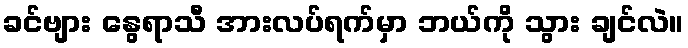
ခင်ဗျား နွေရာသီ အားလပ်ရက်မှာ ဘယ်ကို သွား ချင်လဲ။